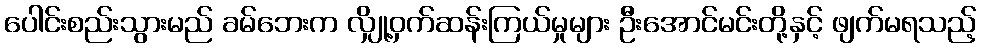
ပေါင်းစည်းသွားမည် ခမ်ဘေးက လျှို့ဝှက်ဆန်းကြယ်မှုများ ဦးအောင်မင်းတို့နှင့် ဖျက်မရသည့်